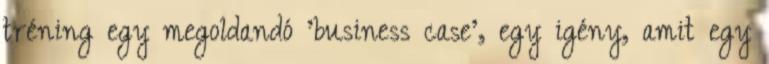
tréning egy megoldandó 'business case', egy igény, amit egy